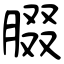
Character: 腏